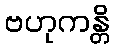
ဗဟုကန္တိ